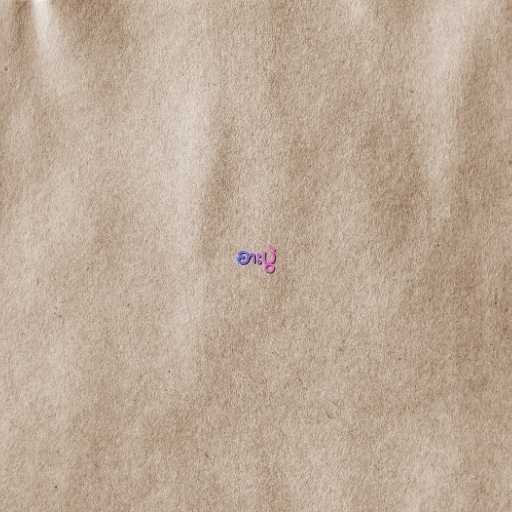
စားပွဲ